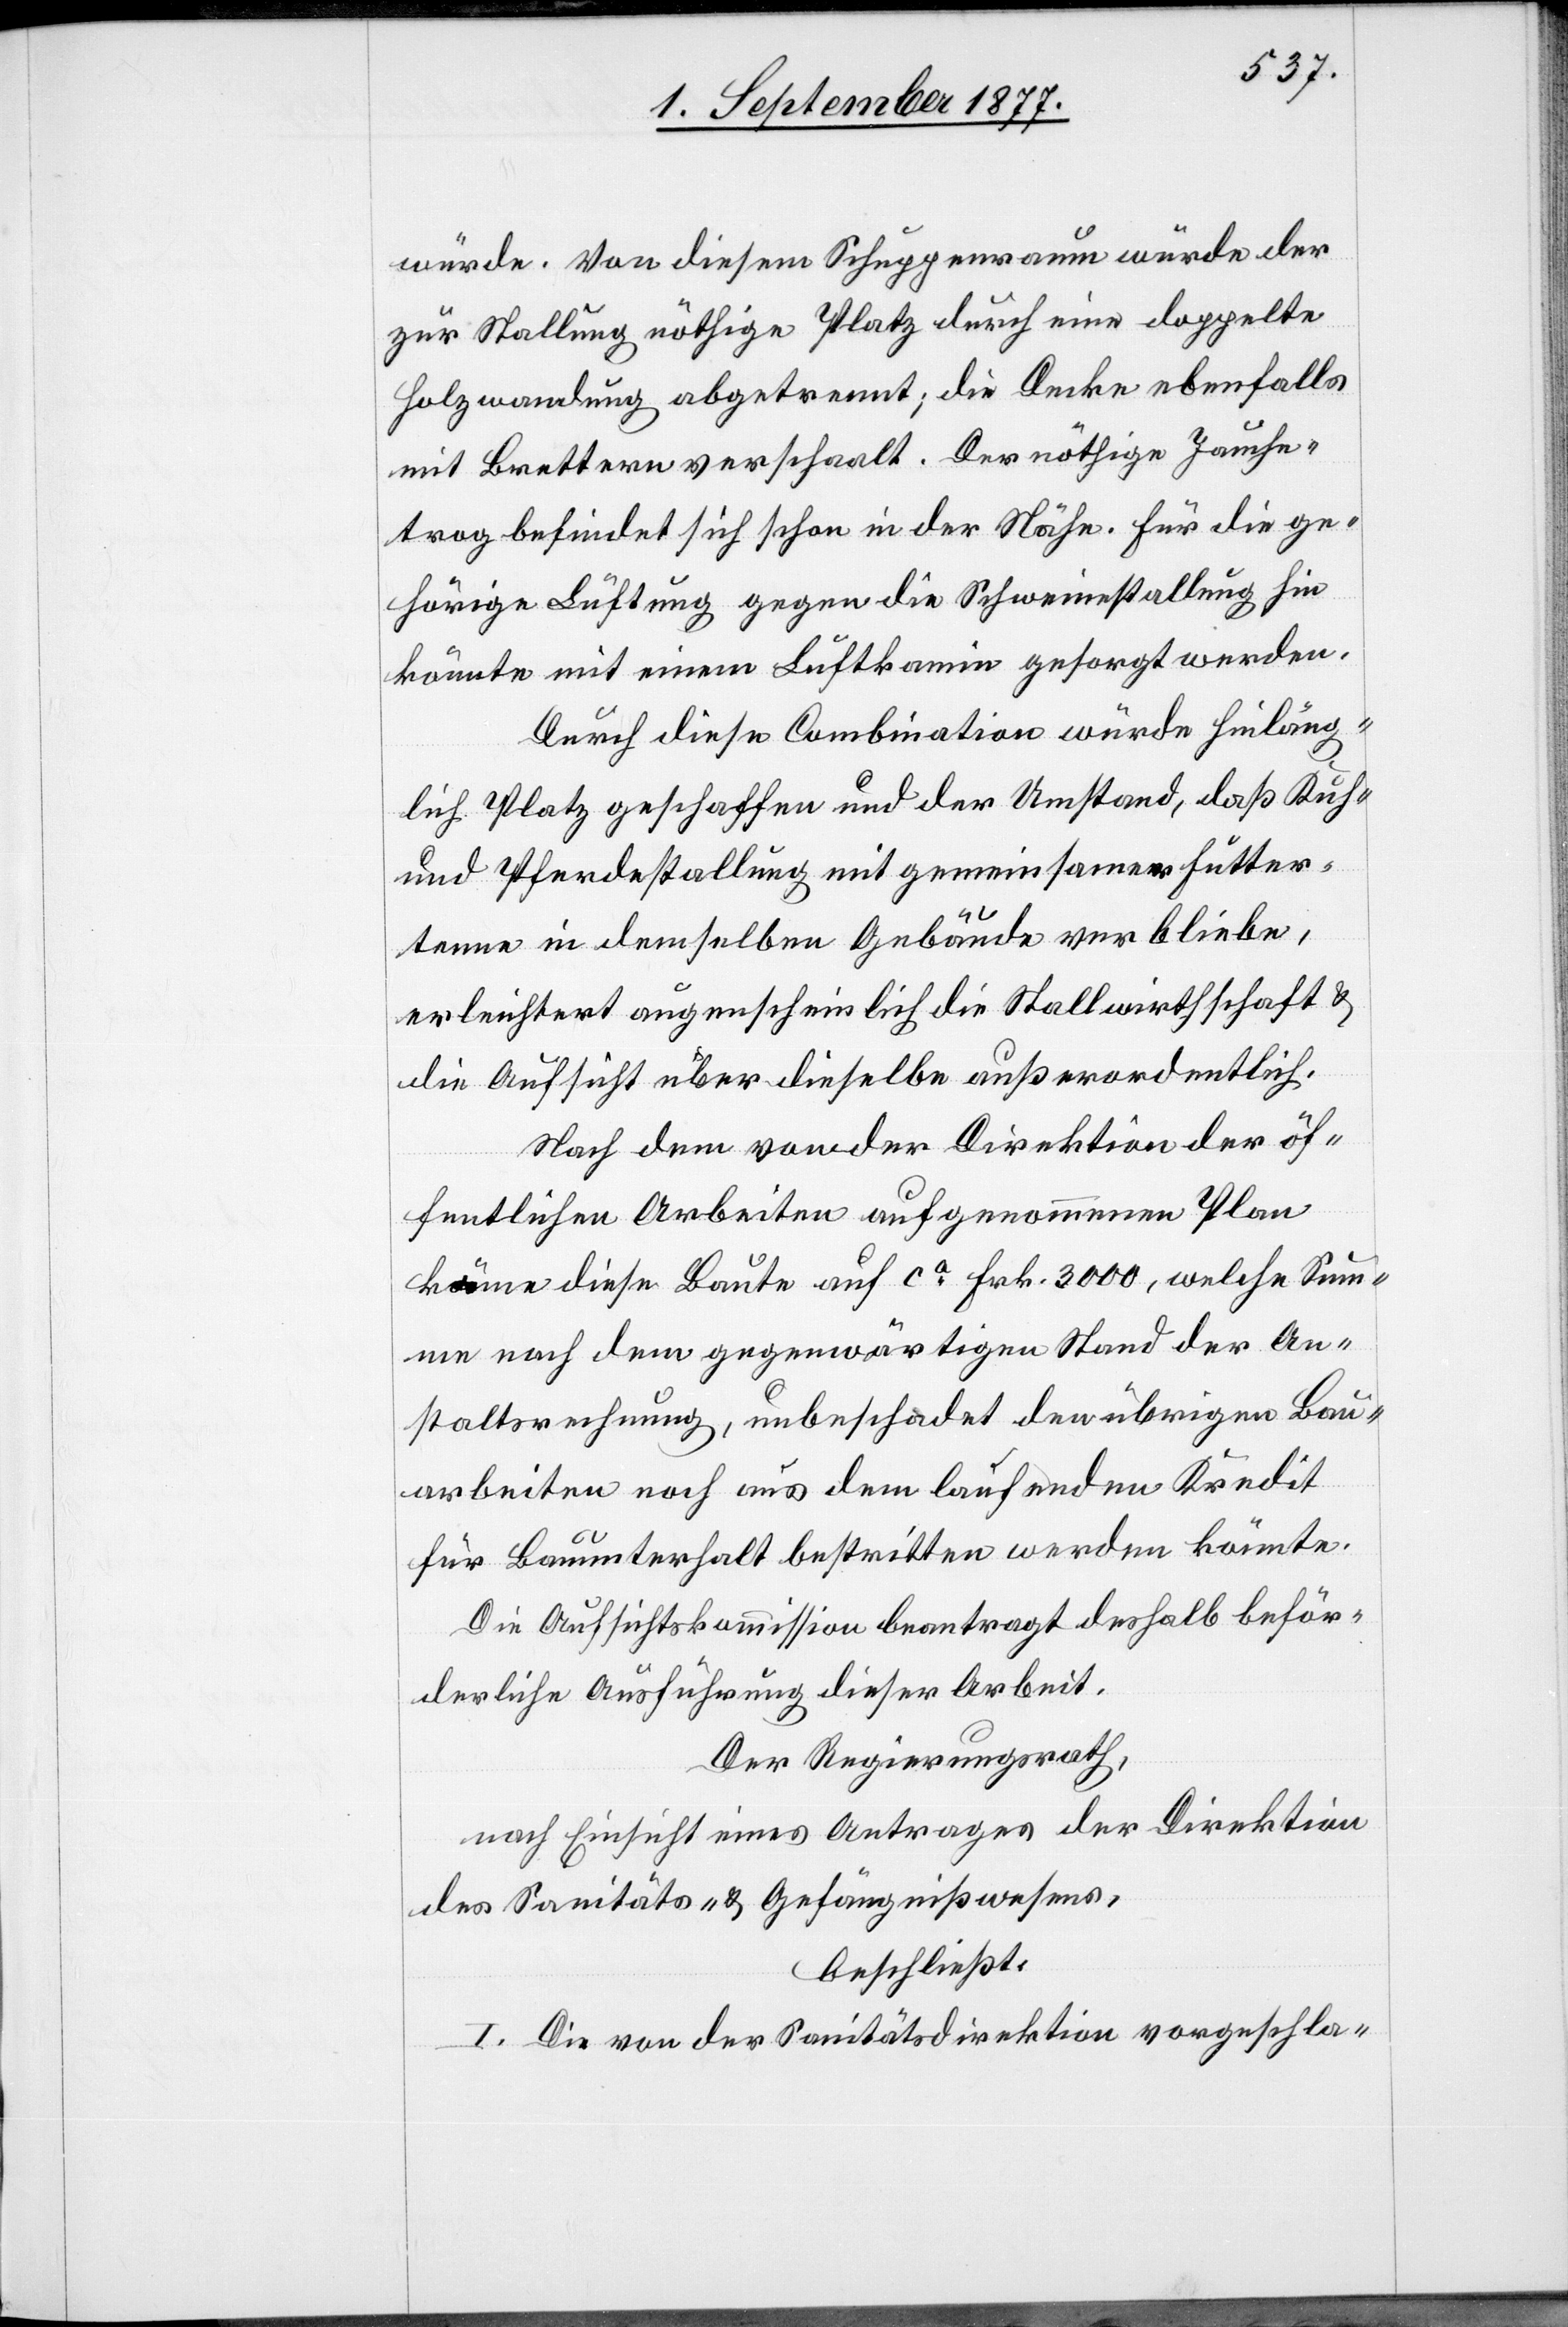
würde. Von diesem Schuppenraum würde der
zur Stallung nöthige Platz durch eine doppelte
Holzwandung abgetrennt; die Decke ebenfalls
mit Brettern verschaalt. Der nöthige Jauche¬
trog befindet sich schon in der Nähe. Für die ge¬
hörige Lüftung gegen die Schweinestallung hin
könnte mit einem Luftkamin gesorgt werden.
Durch diese Combination würde hinläng¬
lich Platz geschaffen und der Umstand, daß Kuh-
und Pferdestallung mit gemeinsamer Futter¬
tenne in demselben Gebäude verbliebe,
erleichtert augenscheinlich die Stallwirthschaft &
die Aufsicht über dieselbe außerordentlich.
Nach dem von der Direktion der öf¬
fentlichen Arbeiten aufgenommenen Plan
käme diese Baute auf ca Frk. 3000, welche Sum¬
me nach dem gegenwärtigen Stand der An¬
staltsrechnung, unbeschadet den übrigen Bau¬
arbeiten noch aus dem laufenden Kredit
für Bauunterhalt bestritten werden könnte.
Die Aufsichtskommission beantragt deshalb beför¬
derliche Ausführung dieser Arbeit.
Der Regierungsrath,
nach Einsicht eines Antrages der Direktion
des Sanitäts- & Gefängnißwesens,
beschließt:
I. Die von der Sanitätsdirektion vorgeschla-